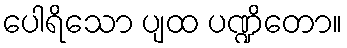
ပေါရိသော ပျထ ပဏ္ဍိတော။